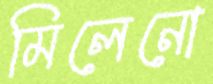
মিলেনো